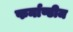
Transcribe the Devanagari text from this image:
फर्नाण्डीज